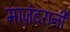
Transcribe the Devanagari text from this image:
माज़ंदरानी